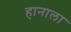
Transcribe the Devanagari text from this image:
हानाला